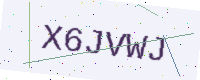
Text: X6JVWJ